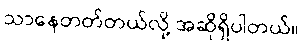
သာနေတတ်တယ်လို့ အဆိုရှိပါတယ်။